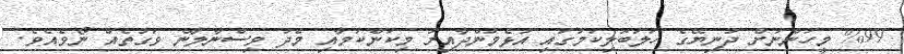
%99 މީހުންނަށް ދުނިޔޭގެ ހަލަބޮލިކަމުގައި އުޅެމުންދާއިރު މިކަންކަމާއި މެދު ވިސްނާލާނެ ވަގުތެއް ނޯވެއެވެ.